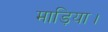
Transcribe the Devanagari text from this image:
माड़िया।